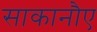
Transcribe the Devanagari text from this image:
साकानौए